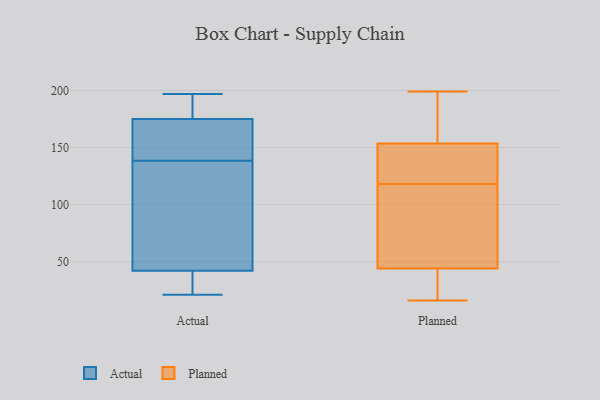
{"axis": {"x": "Net Income (USD K)", "y": "Value"}, "legend": ["Actual", "Planned"], "data": [{"x": "", "y": 149, "type": "Actual"}, {"x": "", "y": 30, "type": "Actual"}, {"x": "", "y": 181, "type": "Actual"}, {"x": "", "y": 31, "type": "Actual"}, {"x": "", "y": 175, "type": "Actual"}, {"x": "", "y": 192, "type": "Actual"}, {"x": "", "y": 23, "type": "Actual"}, {"x": "", "y": 163, "type": "Actual"}, {"x": "", "y": 42, "type": "Actual"}, {"x": "", "y": 197, "type": "Actual"}, {"x": "", "y": 85, "type": "Actual"}, {"x": "", "y": 160, "type": "Actual"}, {"x": "", "y": 128, "type": "Actual"}, {"x": "", "y": 115, "type": "Actual"}, {"x": "", "y": 157, "type": "Actual"}, {"x": "", "y": 177, "type": "Actual"}, {"x": "", "y": 117, "type": "Actual"}, {"x": "", "y": 21, "type": "Actual"}, {"x": "", "y": 62, "type": "Planned"}, {"x": "", "y": 22, "type": "Planned"}, {"x": "", "y": 16, "type": "Planned"}, {"x": "", "y": 199, "type": "Planned"}, {"x": "", "y": 106, "type": "Planned"}, {"x": "", "y": 118, "type": "Planned"}, {"x": "", "y": 90, "type": "Planned"}, {"x": "", "y": 123, "type": "Planned"}, {"x": "", "y": 190, "type": "Planned"}, {"x": "", "y": 193, "type": "Planned"}, {"x": "", "y": 189, "type": "Planned"}, {"x": "", "y": 63, "type": "Planned"}, {"x": "", "y": 146, "type": "Planned"}, {"x": "", "y": 156, "type": "Planned"}, {"x": "", "y": 20, "type": "Planned"}, {"x": "", "y": 120, "type": "Planned"}, {"x": "", "y": 132, "type": "Planned"}, {"x": "", "y": 23, "type": "Planned"}, {"x": "", "y": 38, "type": "Planned"}]}